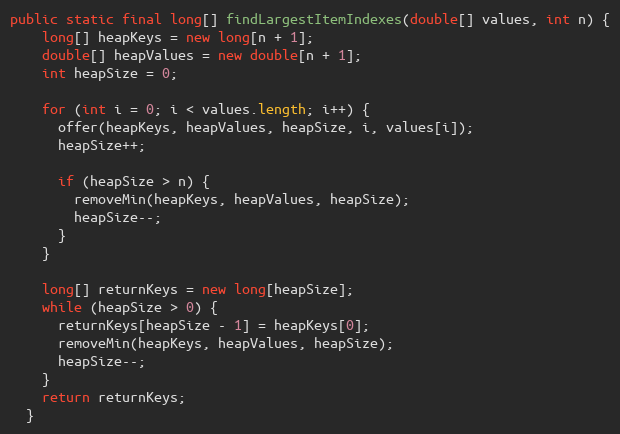
Language: Java
public static final long[] findLargestItemIndexes(double[] values, int n) {
    long[] heapKeys = new long[n + 1];
    double[] heapValues = new double[n + 1];
    int heapSize = 0;

    for (int i = 0; i < values.length; i++) {
      offer(heapKeys, heapValues, heapSize, i, values[i]);
      heapSize++;

      if (heapSize > n) {
        removeMin(heapKeys, heapValues, heapSize);
        heapSize--;
      }
    }

    long[] returnKeys = new long[heapSize];
    while (heapSize > 0) {
      returnKeys[heapSize - 1] = heapKeys[0];
      removeMin(heapKeys, heapValues, heapSize);
      heapSize--;
    }
    return returnKeys;
  }